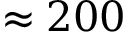
\approx 2 0 0